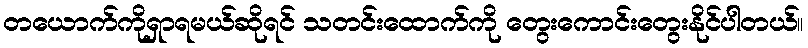
တယောက်ကိုရှာရမယ်ဆိုရင် သတင်းထောက်ကို တွေးကောင်းတွေးနိုင်ပါတယ်။